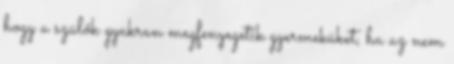
hogy a szülők gyakran megfenyegetik gyermeküket, ha az nem